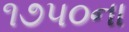
૧૭૫૦ના